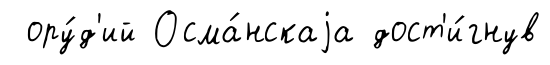
ору́д'ий Осма́нскаjа дост'и́гнув